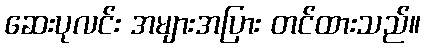
ဆေးပုလင်း အများအပြား တင်ထားသည်။